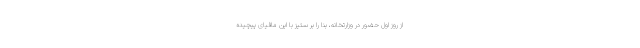
از روز اول حضور در وزارتخانه، بنا را بر ستیز با این مافیای پیچیده